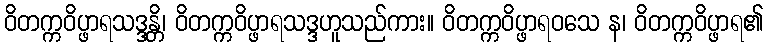
ဝိတက္ကဝိပ္ဖာရသဒ္ဒန္တိ၊ ဝိတက္ကဝိပ္ဖာရသဒ္ဒဟူသည်ကား။ ဝိတက္ကဝိပ္ဖာရဝသေ န၊ ဝိတက္ကဝိပ္ဖာရ၏